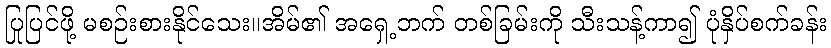
ပြုပြင်ဖို့ မစဉ်းစားနိုင်သေး။အိမ်၏ အရှေ့ဘက် တစ်ခြမ်းကို သီးသန့်ကာ၍ ပုံနှိပ်စက်ခန်း